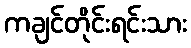
ကချင်တိုင်းရင်းသား